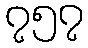
၇၅၇